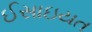
ઈસાઇયત